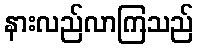
နားလည်လာကြသည်